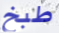
طبخ